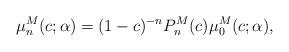
LaTeX: \begin{align*}\mu_{n}^{M}(c;\alpha) =(1-c) ^{-n} P_{n}^{M}(c) \mu_{0}^{M}(c;\alpha) , \end{align*}